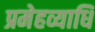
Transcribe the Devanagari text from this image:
प्रमेहव्याधि